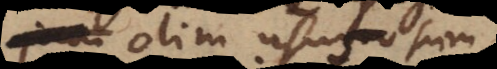
olim usus sum